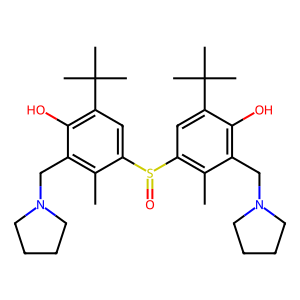
SMILES: Cc1c(S(=O)c2cc(C(C)(C)C)c(O)c(CN3CCCC3)c2C)cc(C(C)(C)C)c(O)c1CN1CCCC1
Inhibits HIV replication: No